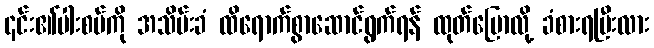
၎င်း၏ပါးစပ်ကို အသိမ်းခံ ထိရောက်စွာဆောင်ရွက်ရန် ထုတ်ပြောလို့ ခံစားရပြီးလား